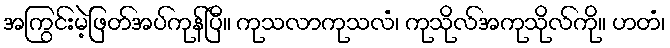
အကြွင်းမဲ့ဖြတ်အပ်ကုန်ပြီ။ ကုသလာကုသလံ၊ ကုသိုလ်အကုသိုလ်ကို။ ဟတံ၊